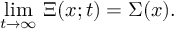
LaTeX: \operatorname * { l i m } _ { t \rightarrow \infty } \, \Xi ( x ; t ) = \Sigma ( x ) .